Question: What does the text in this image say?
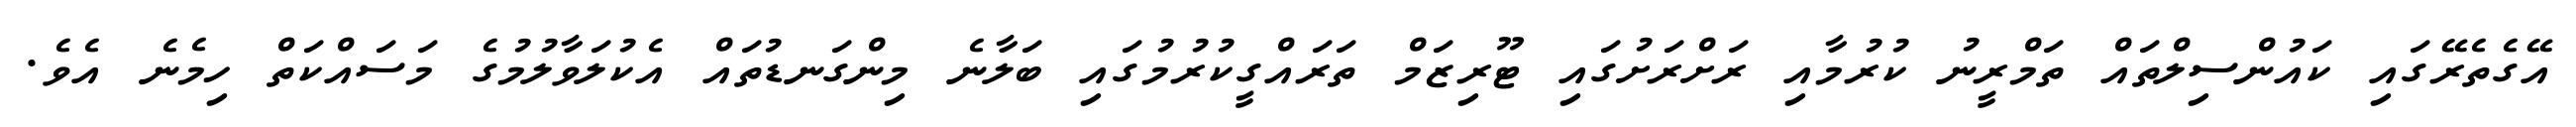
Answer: އޭގެތެރޭގައި ކައުންސިލްތައް ތަމްރީނު ކުރުމާއި ރަށްރަށުގައި ޓޫރިޒަމް ތަރައްގީކުރުމުގައި ބަލާނެ މިންގަނޑުތައް އެކުލަވާލުމުގެ މަސައްކަތް ހިމެނެ އެވެ.